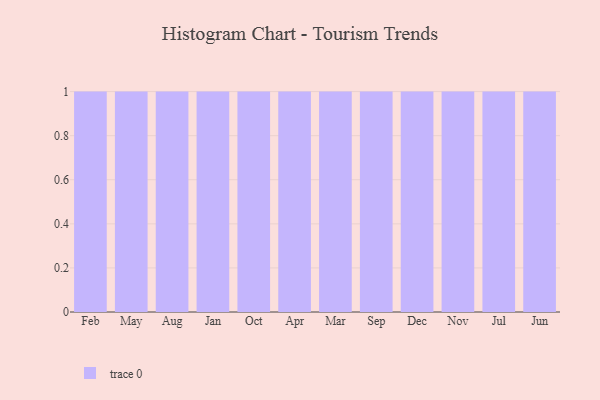
{"axis": {"x": "Month", "y": "Tickets Resolved"}, "legend": [""], "data": [{"x": "Feb", "y": 69, "type": ""}, {"x": "May", "y": 44, "type": ""}, {"x": "Aug", "y": 55, "type": ""}, {"x": "Jan", "y": 5, "type": ""}, {"x": "Oct", "y": 10, "type": ""}, {"x": "Apr", "y": 99, "type": ""}, {"x": "Mar", "y": 9, "type": ""}, {"x": "Sep", "y": 26, "type": ""}, {"x": "Dec", "y": 50, "type": ""}, {"x": "Nov", "y": 91, "type": ""}, {"x": "Jul", "y": 97, "type": ""}, {"x": "Jun", "y": 47, "type": ""}]}